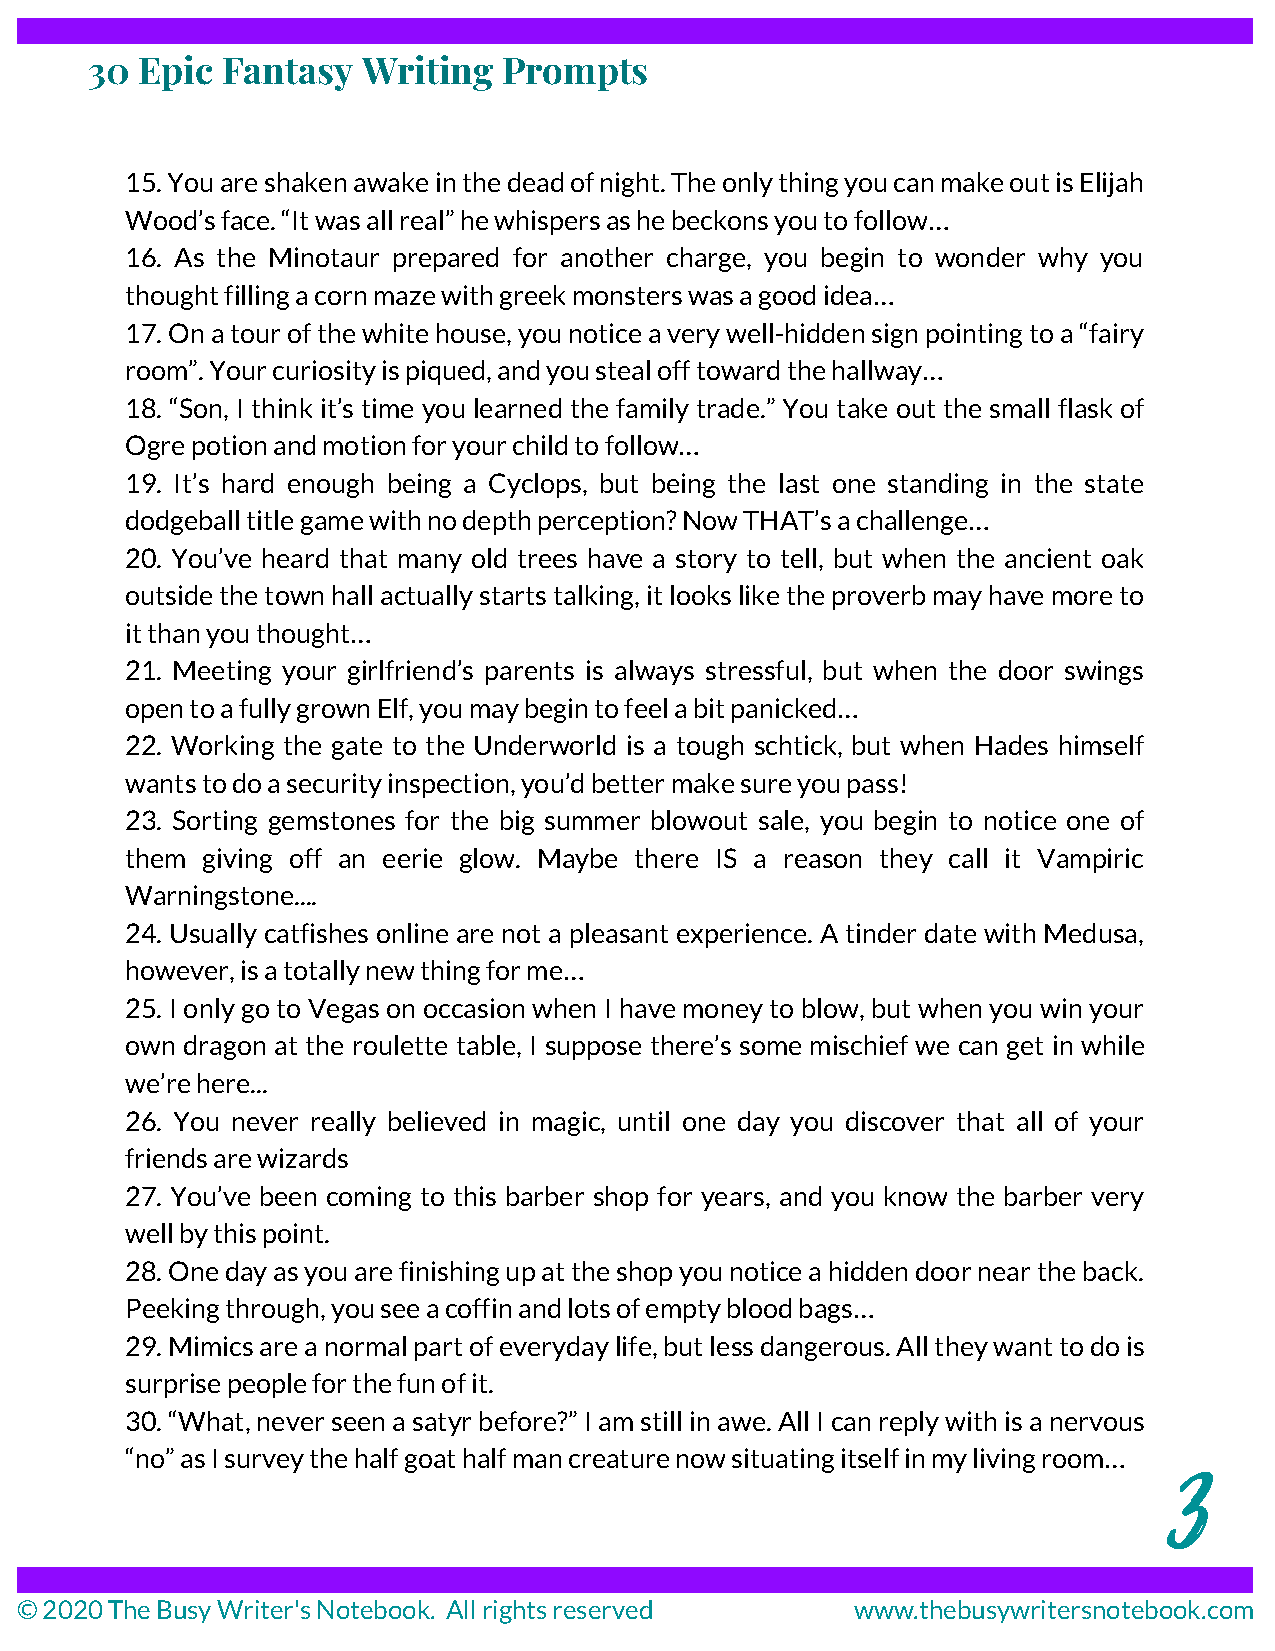
30 Epic  Fantasy  Writing  Prompts
 15. You are shaken awake in the dead of night. The only thing you can make out is Elijah
 Wood’s face. “It was all real” he whispers as he beckons you to follow…
 16. As the Minotaur prepared for another charge, you begin to wonder why you
 thought filling a corn maze with greek monsters was a good idea…
 17. On a tour of the white house, you notice a very well-hidden sign pointing to a “fairy
 room”. Your curiosity is piqued, and you steal off toward the hallway…
 18. “Son, I think it’s time you learned the family trade.” You take out the small flask of
 Ogre potion and motion for your child to follow…
 19. It’s hard enough being a Cyclops, but being the last one standing in the state
 dodgeball title game with no depth perception? Now THAT’s a challenge…
 20. You’ve heard that many old trees have a story to tell, but when the ancient oak
 outside the town hall actually starts talking, it looks like the proverb may have more to
 it than you thought…
 21. Meeting your girlfriend’s parents is always stressful, but when the door swings
 open to a fully grown Elf, you may begin to feel a bit panicked…
 22. Working the gate to the Underworld is a tough schtick, but when Hades himself
 wants to do a security inspection, you’d better make sure you pass!
 23. Sorting gemstones for the big summer blowout sale, you begin to notice one of
 them giving off an eerie glow. Maybe there IS a reason they call it Vampiric
 Warningstone....
 24. Usually catfishes online are not a pleasant experience. A tinder date with Medusa,
 however, is a totally new thing for me…
 25. I only go to Vegas on occasion when I have money to blow, but when you win your
 own dragon at the roulette table, I suppose there’s some mischief we can get in while
 we’re here...
 26. You never really believed in magic, until one day you discover that all of your
 friends are wizards
 27. You’ve been coming to this barber shop for years, and you know the barber very
 well by this point.
 28. One day as you are finishing up at the shop you notice a hidden door near the back.
 Peeking through, you see a coffin and lots of empty blood bags…
 29. Mimics are a normal part of everyday life, but less dangerous. All they want to do is
 surprise people for the fun of it.
 30. “What, never seen a satyr before?” I am still in awe. All I can reply with is a nervous
 3
 “no” as I survey the half goat half man creature now situating itself in my living room…
 © 2020 The Busy Writer's Notebook. All rights reserved  www.thebusywritersnotebook.com